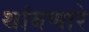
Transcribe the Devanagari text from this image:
थांबणारे